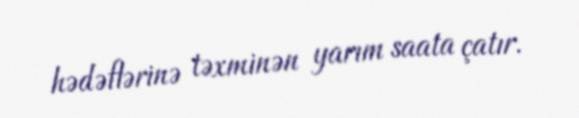
hədəflərinə təxminən yarım saata çatır.